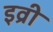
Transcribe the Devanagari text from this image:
इव्री